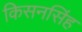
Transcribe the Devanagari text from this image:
किसनसिंह